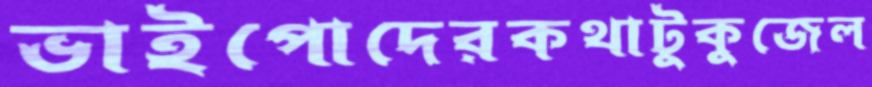
ভাইপোদেরকথাটুকুজেল